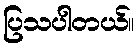
ပြသပါတယ်။